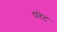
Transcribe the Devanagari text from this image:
परेट